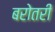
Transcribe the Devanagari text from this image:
बरोतरी